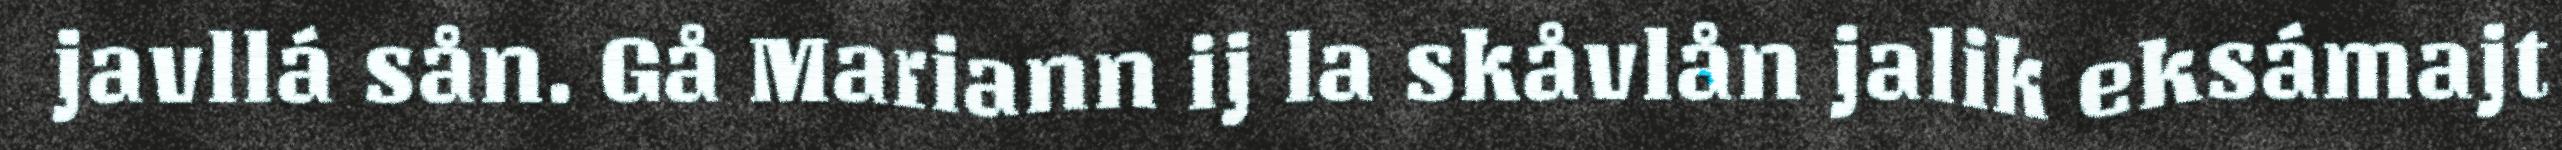
javllá sån. Gå Mariann ij la skåvlån jalik eksámajt